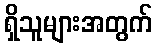
ရှိသူများအတွက်